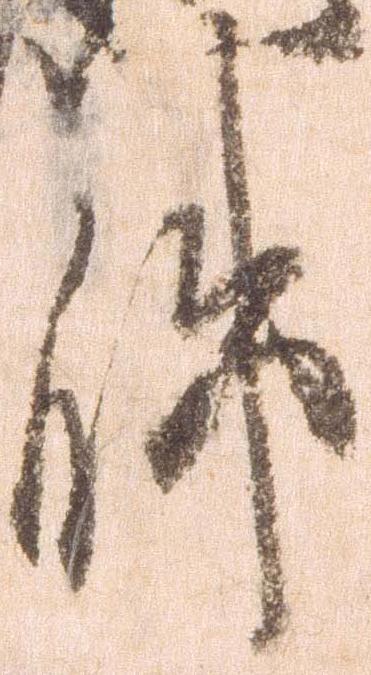
件